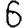
Digit: 6